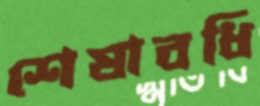
শেষাবধি